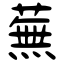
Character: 蕪